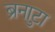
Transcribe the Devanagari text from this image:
ब्रुनाटा